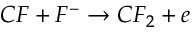
C F + F ^ { - } \rightarrow C F _ { 2 } + e